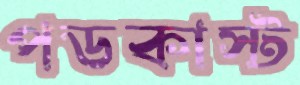
পডকাস্ট